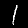
Label: 1